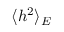
\langle h ^ { 2 } \rangle _ { E }